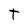
Character: T